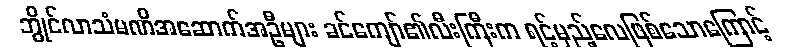
ဘွိုင်လာသံမဏိအဆောက်အဦများ ခင်ကျော်၏လီးကြီးက ရင့်မှည့်လေဖြစ်သောကြောင့်